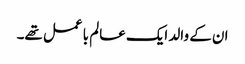
ان کے والد ایک عالم با عمل تھے۔